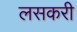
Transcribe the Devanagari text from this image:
लसकरी